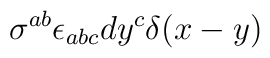
\sigma^{ab} \epsilon_{abc} dy^c \delta(x-y)